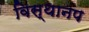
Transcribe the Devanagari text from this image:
विस्थानप